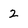
Character: 2